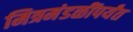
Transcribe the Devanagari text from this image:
मित्रमंडळींपर्यंत